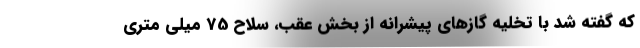
که گفته شد با تخلیه گازهای پیشرانه از بخش عقب، سلاح 75 میلی متری